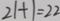
2 1 + 1 = 2 2